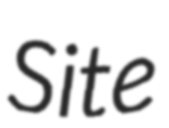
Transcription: Site